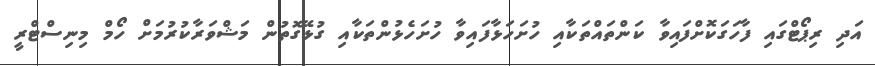
އަދި ރިޕޯޓްގައި ފާހަގަކޮށްފައިވާ ކަންތައްތަކާއި ހުށަހަޅާފައިވާ ހުށަހެޅުންތަކާއި ގުޅޭގޮތުން މަޝްވަރާކުރުމަށް ހޯމް މިނިސްޓްރީ